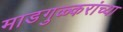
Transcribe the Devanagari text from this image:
माडगुळ्करांच्या